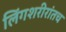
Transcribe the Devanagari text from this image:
लिंगशरीरांतच